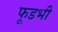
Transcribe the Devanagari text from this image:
फूडभी